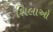
શિલાઓ